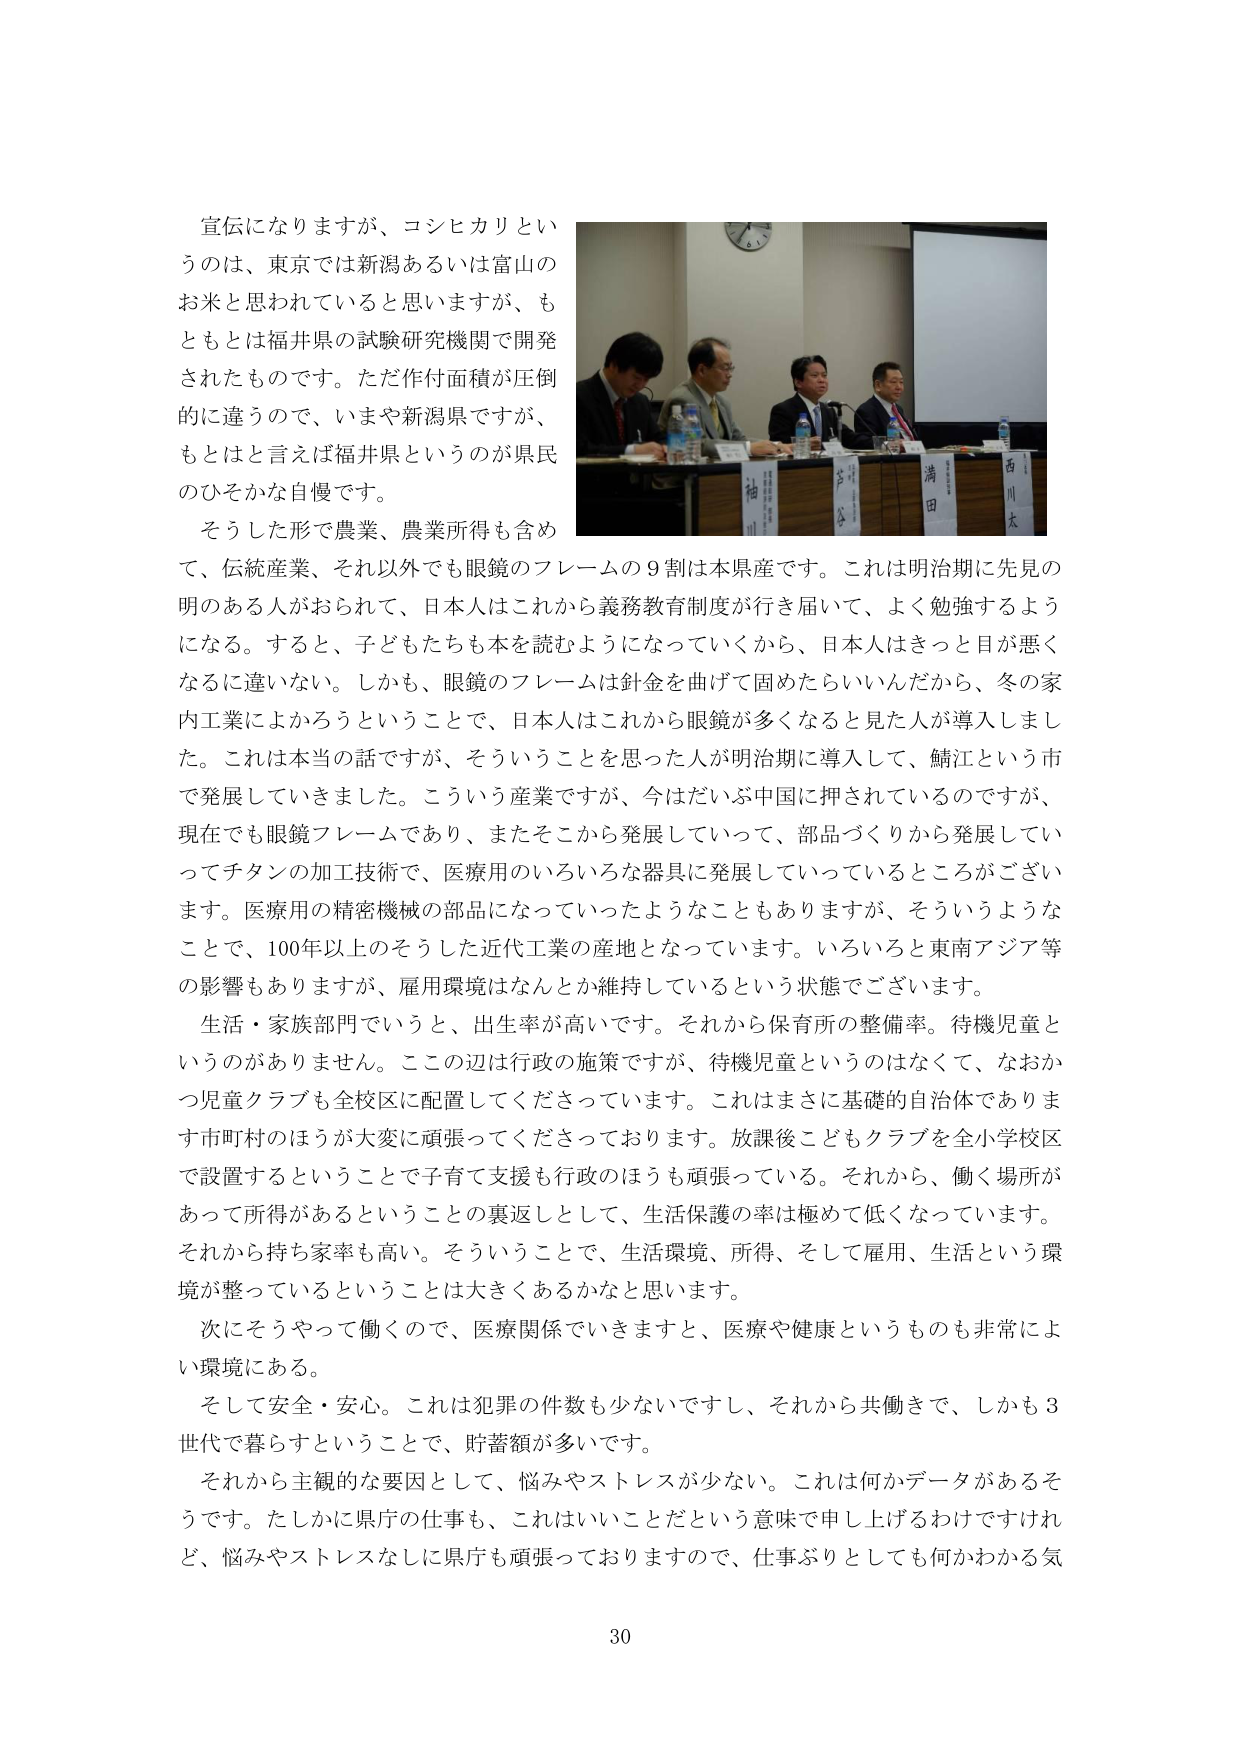
宣伝になりますが、コシヒカリというのは、東京では新潟あるいは富山のお米と思われていると思いますが、もともとは福井県の試験研究機関で開発されたものです。ただ作付面積が圧倒的に違うので、いまや新潟県ですが、もとはと言えば福井県というのが県民のひそかな自慢です。

そうした形で農業、農業所得も含めて、伝統産業、それ以外でも眼鏡のフレームの９割は本県産です。これは明治期に先見の明のある人がおられ、日本人はこれから義務教育制度が行き届いて、よく勉強するようになる。すると、子どもたちも本を読むようになっていくから、日本人はきっと目が悪くなるに違いない。しかも、眼鏡のフレームは針金を曲げて固めたらしいんだから、冬の家内工業によかろうということで、日本人はこれから眼鏡が多くなると見た人が導入しました。これは本当の話ですが、そういうことを思った人が明治期に導入して、鯖江という市で発展していきました。こういう産業ですが、今はだいぶ中国に押されているのですが、現在でも眼鏡フレームであり、またそこから発展していって、部品づくりから発展していってチタンの加工技術で、医療用のいろいろな器具に発展していっているところがございます。医療用の精密機械の部品になっていったようなこともあります、そういうようなことで、100年以上のそうした近代工業の産地となっています。いろいろと東南アジア等の影響もありますが、雇用環境はなんとか維持しているという状態でございます。

生活・家族部門でいうと、出生率が高いです。それから保育所の整備率。待機児童というのがありません。この辺は行政の施策ですが、待機児童というのはなくて、なおかつ児童クラブも全校区に配置してくださっています。これはまさに基礎的自治体であります市町村のほうが大変に頑張ってくださっております。放課後こどもクラブを全小学校区で設置するということで子育て支援も行政のほうも頑張っている。それから、働く場所があって所得があるということの裏返しとして、生活保護の率は極めて低くなっています。それから持ち家率も高い。そういうことで、生活環境、所得、そして雇用、生活という環境が整っているということは大きくあるかなと思います。

次にそうやって働くので、医療関係でいきますと、医療や健康というのも非常に良い環境にある。

そして安全・安心。これは犯罪の件数も少ないですし、それから共働きで、しかも３世代で暮らすということで、貯蓄額が多いです。

それから主観的な要因として、悩みやストレスが少ない。これは何かデータがあるそうです。たしかに県庁の仕事も、これはいいことだという意味で申し上げるわけですが、悩みやストレスなしに県庁も頑張っておりますので、仕事ぶりとしても何かわかる気

30

（写真内テキスト）
袖
川
吉
田
満
田
西
川
太